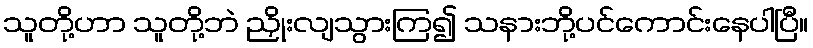
သူတို့ဟာ သူတို့ဘဲ ညှိုးလျသွားကြ၍ သနားဘို့ပင်ကောင်းနေပါပြီ။